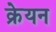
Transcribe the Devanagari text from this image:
क्रेयन